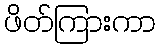
ဖိတ်ကြားကာ